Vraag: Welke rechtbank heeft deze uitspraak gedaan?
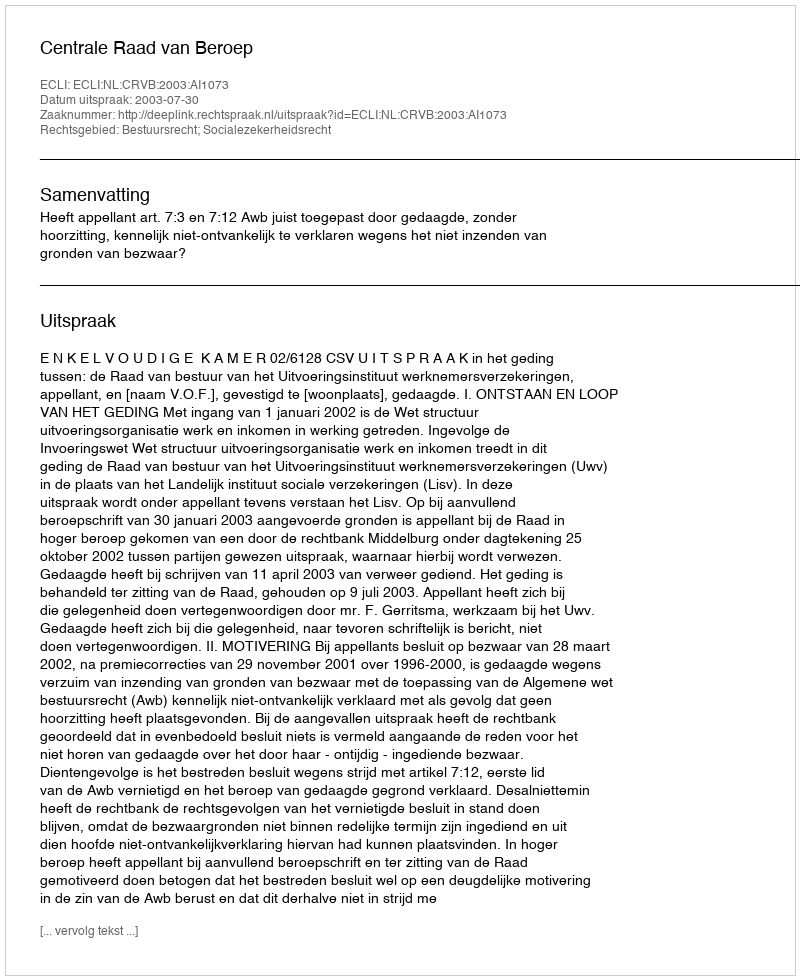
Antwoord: Centrale Raad van Beroep